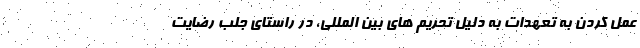
عمل کردن به تعهدات به دلیل تحریم های بین المللی، در راستای جلب رضایت